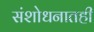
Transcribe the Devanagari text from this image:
संशोधनातही